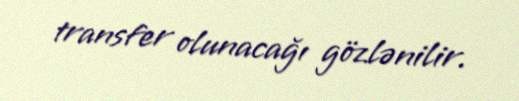
transfer olunacağı gözlənilir.